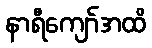
နာရီကျော်အထိ